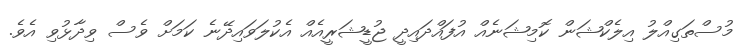
މުސްތަގިއްލު އިލެކްޝަން ކޮމިޝަނެއް އުފައްދައިދީ ޖުޑީޝަރީއެއް އެކުލަވައިދޭނެ ކަމަށް ވެސް ވިދާޅުވި އެވެ.